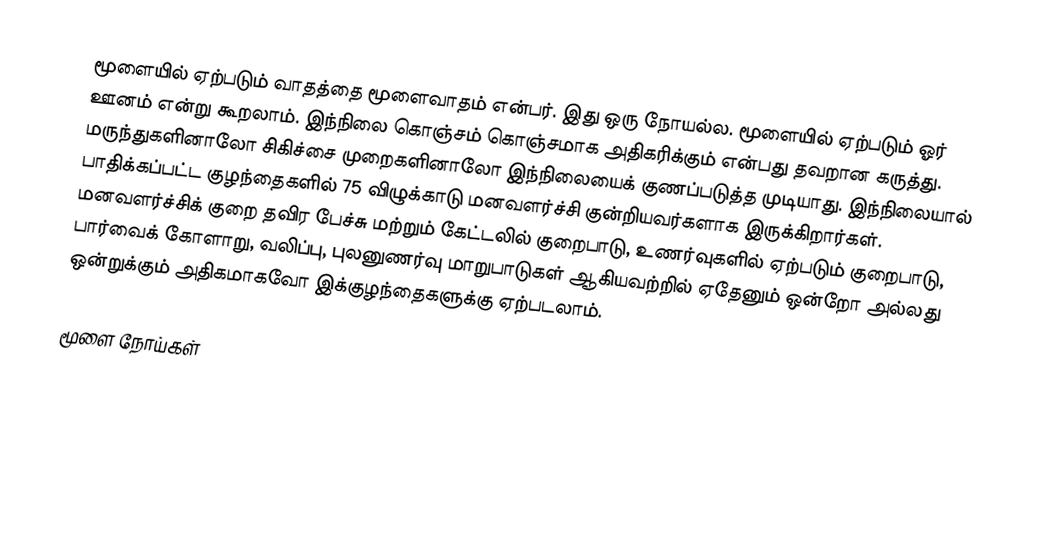
மூளையில் ஏற்படும் வாதத்தை மூளைவாதம் என்பர். இது ஒரு நோயல்ல. மூளையில் ஏற்படும் ஓர் ஊனம் என்று கூறலாம். இந்நிலை கொஞ்சம் கொஞ்சமாக அதிகரிக்கும் என்பது தவறான கருத்து. மருந்துகளினாலோ சிகிச்சை முறைகளினாலோ இந்நிலையைக் குணப்படுத்த முடியாது. இந்நிலையால் பாதிக்கப்பட்ட குழந்தைகளில் 75 விழுக்காடு மனவளர்ச்சி குன்றியவர்களாக இருக்கிறார்கள். மனவளர்ச்சிக் குறை தவிர பேச்சு மற்றும் கேட்டலில் குறைபாடு, உணர்வுகளில் ஏற்படும் குறைபாடு, பார்வைக் கோளாறு, வலிப்பு, புலனுணர்வு மாறுபாடுகள் ஆகியவற்றில் ஏதேனும் ஒன்றோ அல்லது ஒன்றுக்கும் அதிகமாகவோ இக்குழந்தைகளுக்கு ஏற்படலாம்.

மூளை நோய்கள்